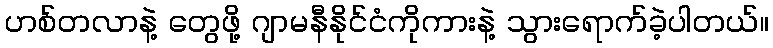
ဟစ်တလာနဲ့ တွေဖို့ ဂျာမနီနိုင်ငံကိုကားနဲ့ သွားရောက်ခဲ့ပါတယ်။